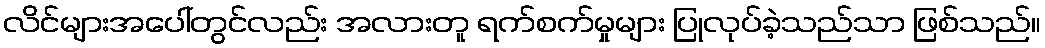
လိင်များအပေါ်တွင်လည်း အလားတူ ရက်စက်မှုများ ပြုလုပ်ခဲ့သည်သာ ဖြစ်သည်။